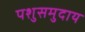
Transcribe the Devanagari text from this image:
पशुसमुदाय